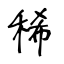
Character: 稀